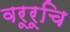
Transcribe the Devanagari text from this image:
वरूरूचि